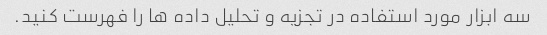
سه ابزار مورد استفاده در تجزیه و تحلیل داده ها را فهرست کنید.